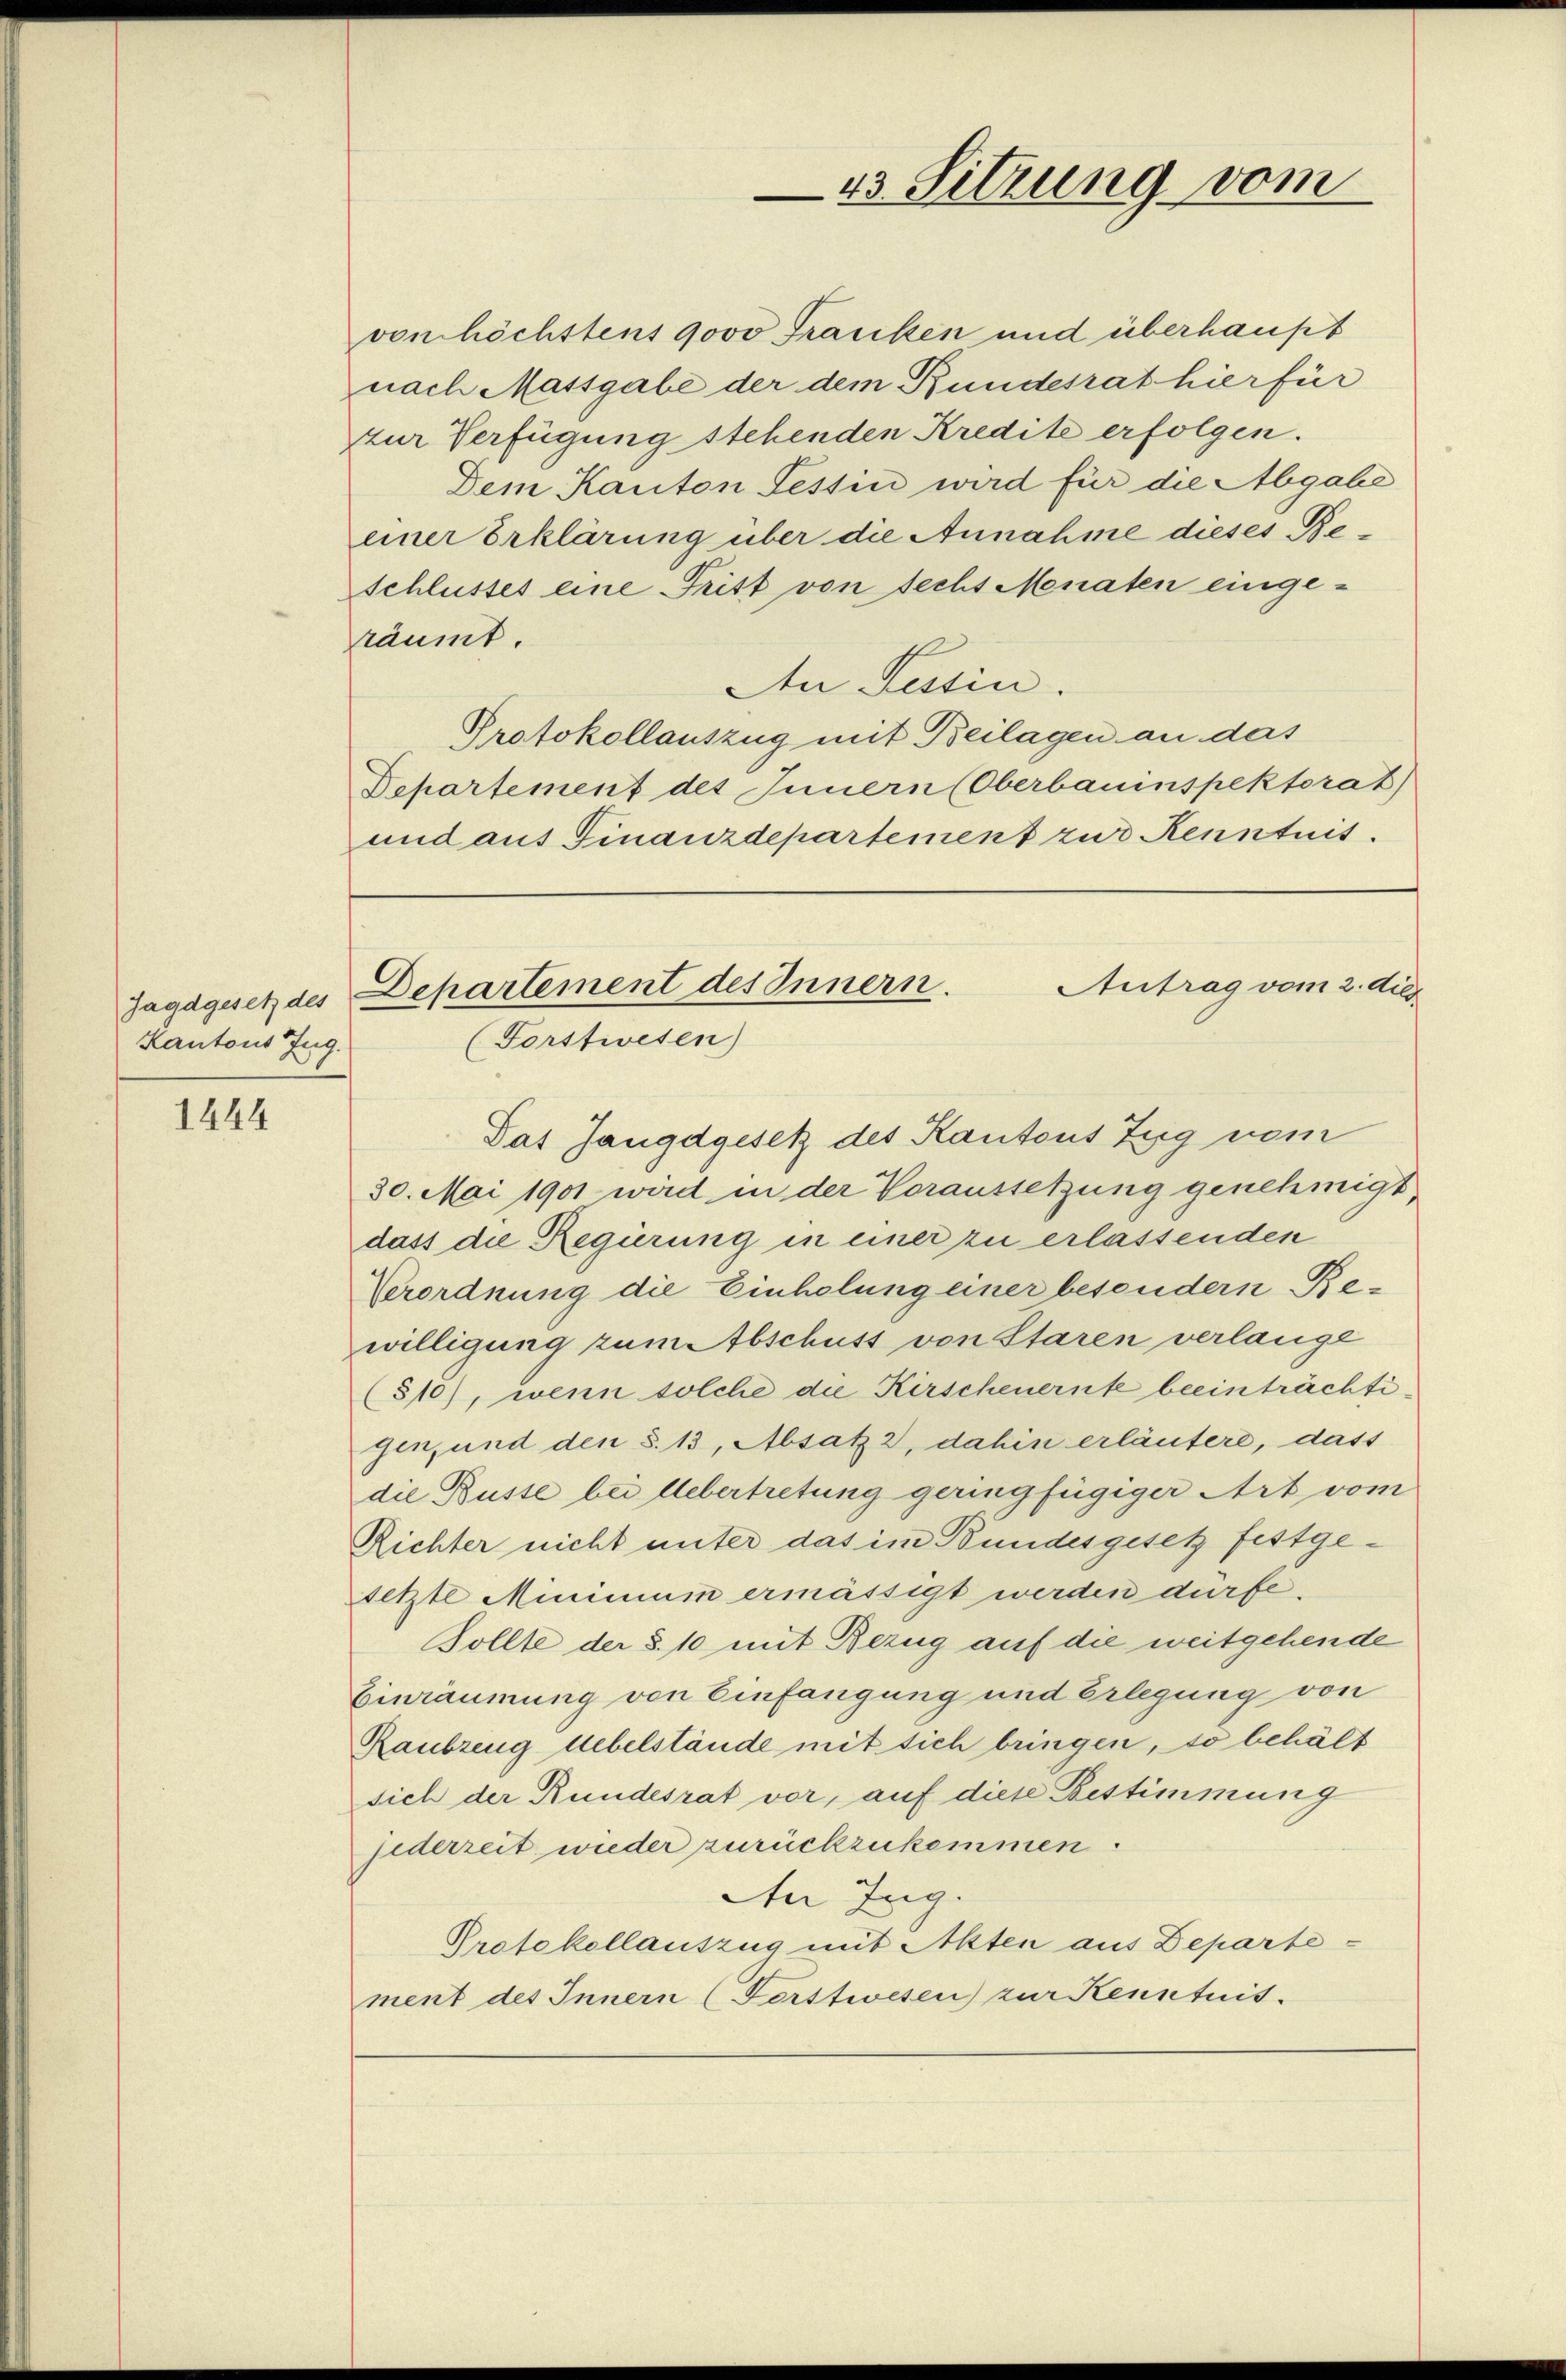
Jagdgesetz des
Kantons Zug.

1444

von höchstens 9000 Franken und überhaupt
nach Massgabe der dem Bundesrat hier für
zur Verfügung stehenden Kredite erfolgen.
Dem Kanton Tessin wird für die Abgabe
einer Erklärung über die Annahme dieses Beschlusses eine Tritt von sechs Menaten eingeräumt.
An Tessin.
Protokollauszug mit Beilagen an das
Departement des Innern (Oberbauinspektorat)
und aus Finanzdepartement zur Kenntnis.

Das Jangdgesetz des Kantons Zug nem
30. Mai 1901 wird in der Voraussetzung genehmigt,
dass die Regierung in einer zu erlassenden
Verordnung die Einholung einer besondern Re-
willigung zum Abschuss von Staren verlange
(310), wenn solche die Kirscheuernte beeinträchtigen, und den §. 13, Absatz 2, dahin erläutere, dass
die Busse bei Uebertretung geringfügiger Art vom
Richter nicht unter das im Bundesgesetz festgesetzte Minimum ermässigt werden dürfe.
Sollte der §. 10 mit Bezug auf die weitgehende
Einräumung von Einfangung und Erlegung von
Raubzeng Uebelstände mit sich bringen, so behält
sich der Rundesrat vor, auf diese Bestimmung
jederzeit wieder zurückzukommen.
In Zug.
Protokollauszug mit Akten aus Departe-
ment des Innern (Forstwesen zur Kenntnis.

43 Sitzung vom

Antrag vom 2. di
Departement des Innern.
(Forstwesen)